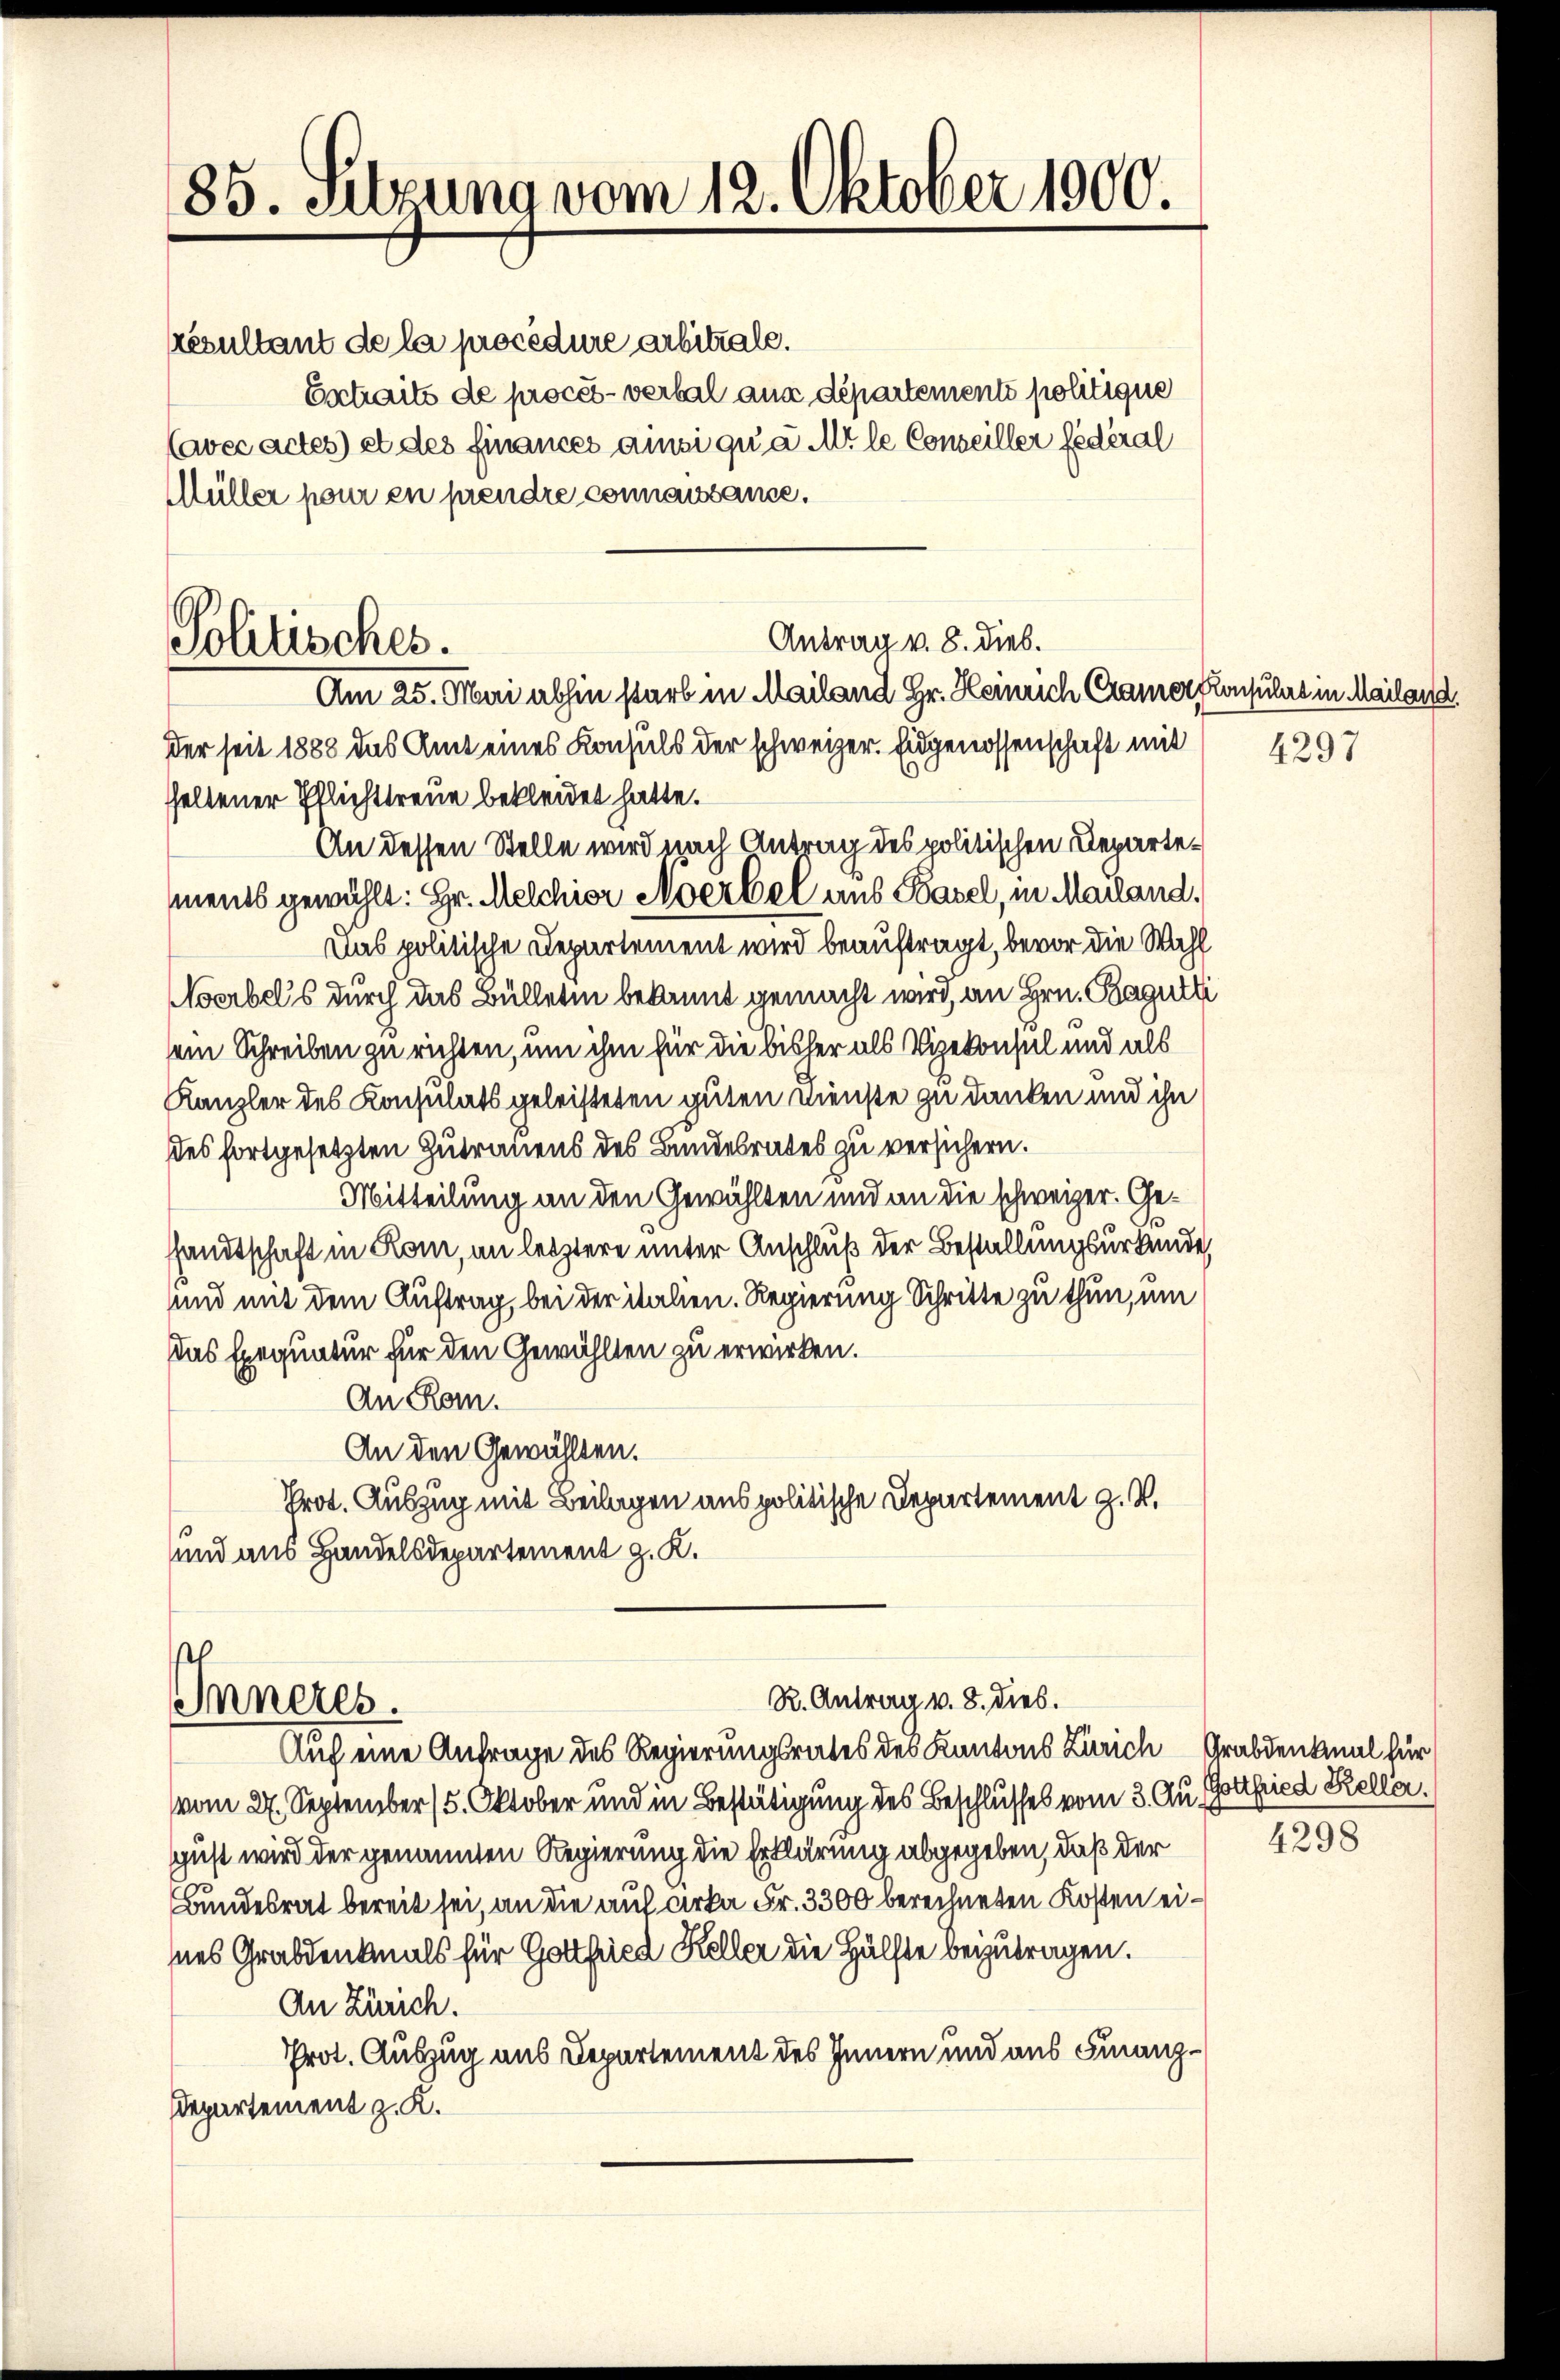
85. Sitzung vom 12. Oktober 1900.

Resultant de la procedure arbitrale.
Extraits de procès-verbal aus departements politique
(avec actes) et des Finances ainsi qua Mt le Conseiller fédéral
Müller pour en prendre connaissance.

Politisches.

Am 25. Mai abhin starb in Mailand Hr. Heinrich Cramer Konsulat in Mailand
Der seit 1888 das Amt eines Konsuls der schweizer. Eidgenossenschaft mit 4297
seltener Pflichttreue bekleidet hatte.
An dessen Stelle wird nach Antrag des politischen Departements gewählt: Hr. Melchior Moerbel aus Basel, in Mailand,
Das politische Departement wird beauftragt, bevor die Wahl
Noerbel’s durch das Bülletin bekannt gemacht wird, an Hrn. Bagutli
sein Schreiben zu richten, um ihm für die bisher als Vizekonsel und als
Kanzler des Konsulats geleisteten guten Dienste zu danken und ihn
des fortgesetzten Zutrauens des Bundesrates zu versichern.
Mitteilung an den Gewählten und an die schweizer. Gesandtschaft in Rom, an letztere unter Anschluß der Bestallungsurkunde,
und mit dem Auftrag, bei der italien. Regierung Schritte zu thun, um
Das Exequatur für den Gewählten zu erwirken.
An Rom.
An den Gewählten.
Prot. Auszug mit Beilagen aus politische Departement Z. V.
und aus Handelsdepartement z. K.
R. Antrag v. 8. dies.
Inneres.
Auf eine Anfrage des Regierungsrates des Kantons Zürich Grabdenkmal für
vom 27. September 15. Oktober und in Bestätigung des Beschlusses vom 3. Ausgust wird der genannten Regierung die Erklärung abgegeben, daß der
Bundesrat bereit sei, an die auf cirka Fr. 3300 berechneten Kosten eines Grabdenkmals für Gottfried Keller die Hälfte beizutragen.
An Zürich.
Prot. Auszug aus Departement des Innern und aus Finanzdepartement z. K.

Antrag v. 8. Dieb.

Gottfried Keller.

4298